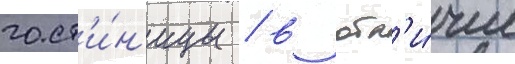
гост'и́н'ицы / в отл'и́чие